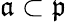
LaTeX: {\mathfrak{a}}\subset{\mathfrak{p}}